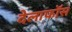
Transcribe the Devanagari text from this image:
देलाफॉस